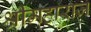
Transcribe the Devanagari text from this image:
श्रीमहाराज